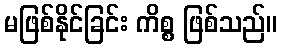
မဖြစ်နိုင်ခြင်း ကိစ္စ ဖြစ်သည်။